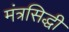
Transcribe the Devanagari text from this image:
मंत्रसिद्धी